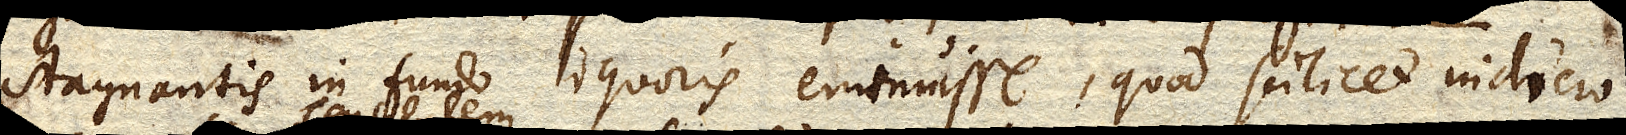
stagnantis in fundo liquoris eminuisse, quod scilicet indicio